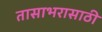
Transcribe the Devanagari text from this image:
तासाभरासाठी